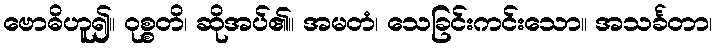
ဗောဓိဟူ၍။ ဝုစ္စတိ၊ ဆိုအပ်၏။ အမတံ၊ သေခြင်းကင်းသော။ အသင်္ခတာ၊